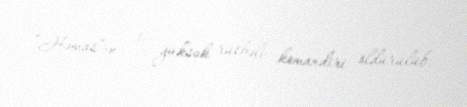
“Həmas”ın 3 yüksək rütbəli komandiri öldürülüb.